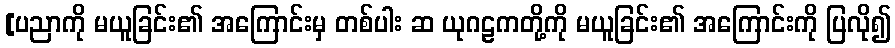
[ပညာကို မယူခြင်း၏ အကြောင်းမှ တစ်ပါး ဆ ယုဂဠကတို့ကို မယူခြင်း၏ အကြောင်းကို ပြလို၍